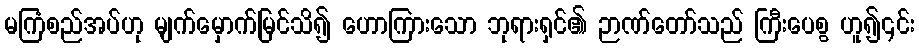
မကြံစည်အပ်ဟု မျက်မှောက်မြင်သိ၍ ဟောကြားသော ဘုရားရှင်၏ ဉာဏ်တော်သည် ကြီးပေစွ ဟူ၍၎င်း